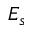
E _ { s }